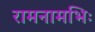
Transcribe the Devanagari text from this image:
रामनामभिः